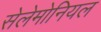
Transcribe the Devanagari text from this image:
सेलेमोनियल